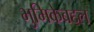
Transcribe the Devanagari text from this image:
भुमिकेबद्दल